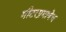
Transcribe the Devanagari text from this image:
मीटरप्रमाणेच